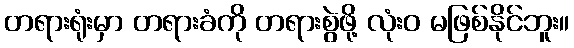
တရားရုံးမှာ တရားခံကို တရားစွဲဖို့ လုံးဝ မဖြစ်နိုင်ဘူး။